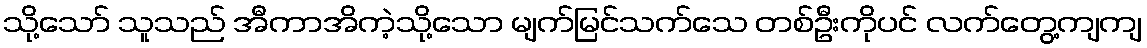
သို့သော် သူသည် အီကာအိကဲ့သို့သော မျက်မြင်သက်သေ တစ်ဦးကိုပင် လက်တွေ့ကျကျ